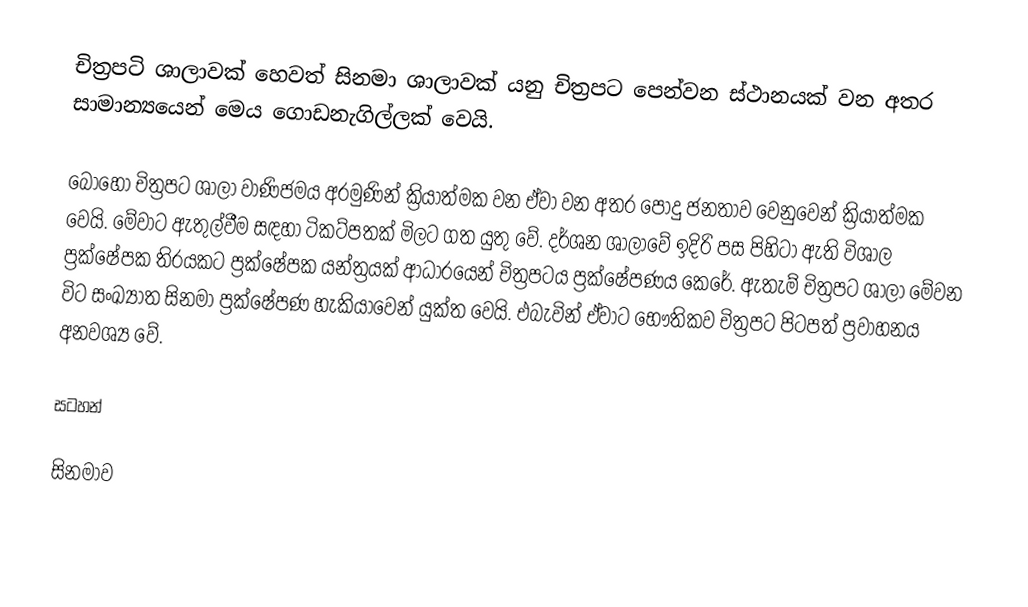
චිත්‍රපටි ශාලාවක් හෙවත් සිනමා ශාලාවක් යනු චිත්‍රපට පෙන්වන ස්ථානයක් වන අතර සාමාන්‍යයෙන් මෙය ගොඩනැගිල්ලක් වෙයි.

බොහෝ චිත්‍රපට ශාලා වාණිජමය අරමුණින් ක්‍රියාත්මක වන ඒවා වන අතර පොදු ජනතාව වෙනුවෙන් ක්‍රියාත්මක වෙයි. මේවාට ඇතුල්වීම සඳහා ටිකට්පතක් මිලට ගත යුතු වේ. දර්ශන ශාලාවේ ඉදිරි පස පිහිටා ඇති විශාල ප්‍රක්ෂේපක තිරයකට ප්‍රක්ෂේපක යන්ත්‍රයක් ආධාරයෙන් චිත්‍රපටය ප්‍රක්ෂේපණය කෙරේ. ඇතැම් චිත්‍රපට ශාලා මේවන විට සංඛ්‍යාත සිනමා ප්‍රක්ෂේපණ හැකියාවෙන් යුක්ත වෙයි. එබැවින් ඒවාට භෞතිකව චිත්‍රපට පිටපත් ප්‍රවාහනය අනවශ්‍ය වේ.

සටහන්

සිනමාව